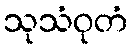
သုသံဝုတံ